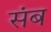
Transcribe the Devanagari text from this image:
संब